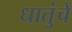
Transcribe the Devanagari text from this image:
धातुंचें